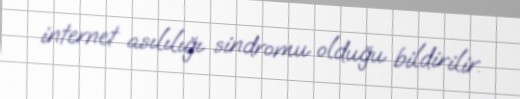
internet asılılığı sindromu olduğu bildirilir.